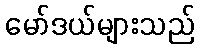
မော်ဒယ်များသည်